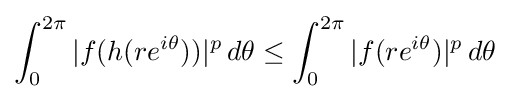
\int _{0}^{2\pi }|f(h(re^{i\theta }))|^{p}\,d\theta \leq \int _{0}^{2\pi }|f(re^{i\theta })|^{p}\,d\theta